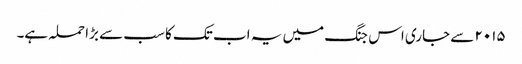
۲۰۱۵ سے جاری اس جنگ میں یہ اب تک کا سب سے بڑا حملہ ہے۔